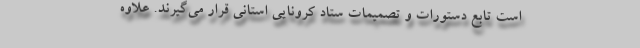
است تابع دستورات و تصمیمات ستاد کرونایی استانی قرار می‌گیرند. علاوه